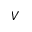
V